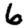
Digit: 6